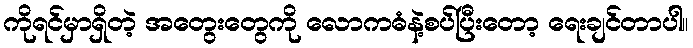
ကိုရင်မှာရှိတဲ့ အတွေးတွေကို လောကဓံနဲ့စပ်ပြီးတော့ ရေးချင်တာပါ။